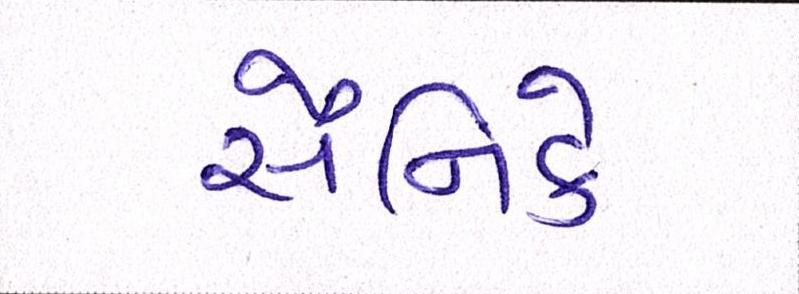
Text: સૈનિકે